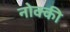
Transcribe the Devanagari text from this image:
नोक्की